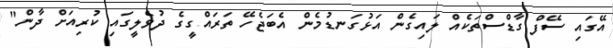
އޭގައި ސޭފް ގާޑްސްތަކެއް ލައިގެން އަޅުގަނޑުމެން އެބަޖެހޭ ތަރައްގީގެ ދުވެލީގައި ކުރިއަށް ދާން"